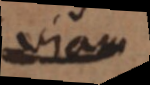
viam